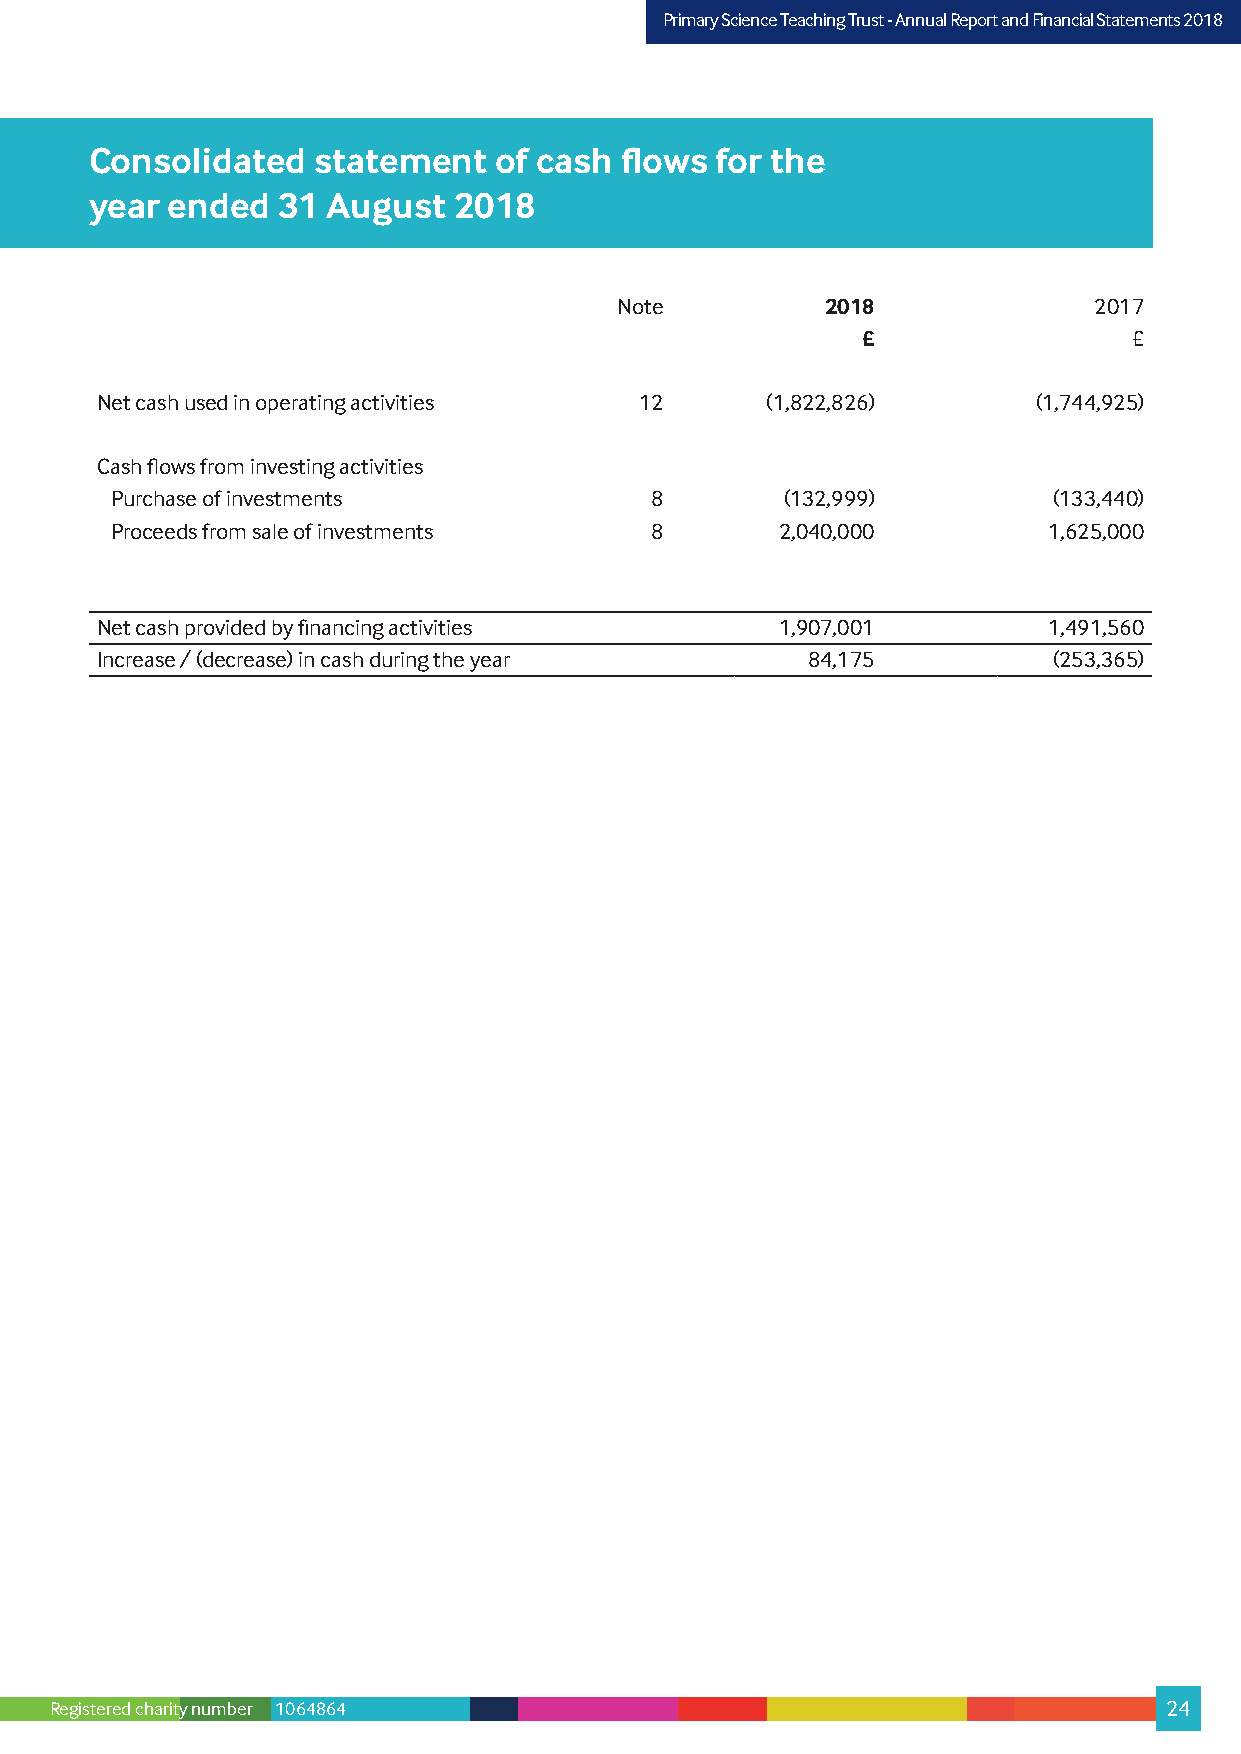
PPrriimmaarryy SScciieennccee TTeeaacchhiinngg TTrruusstt –- AAnnnnuuaall RReeppoorrtt aanndd FFiinnaanncciiaall SSttaatteemmeennttss 22001178
 Consolidated   statement   of cash flows for the
 year ended  31  August  2018
 Note          2018             2017
 £                 £
 Net cash used in operating activities 12     (1,822,826)       (1,744,925)
 Cash flows from investing activities
 Purchase of investments             8        (132,999)         (133,440)
 Proceeds from sale of investments   8        2,040,000        1,625,000
 Net cash provided by financing activities     1,907,001        1,491,560
 Increase / (decrease) in cash during the year  84,175           (253,365)
 Registered charity number 1064864                                         24